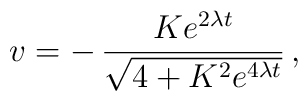
v = -\,\frac{Ke^{2\lambda t}}{\sqrt{4 + K^{2}e^{4\lambda t}}} \,,